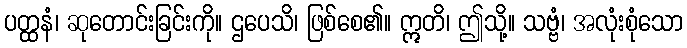
ပတ္ထနံ၊ ဆုတောင်းခြင်းကို။ ဌပေသိ၊ ဖြစ်စေ၏။ ဣတိ၊ ဤသို့။ သဗ္ဗံ၊ အလုံးစုံသော